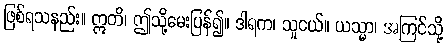
ဖြစ်ရသနည်း။ ဣတိ၊ ဤသို့မေးပြန်၍။ ဒါရက၊ သူငယ်။ ယသ္မာ၊ အကြင်သို့